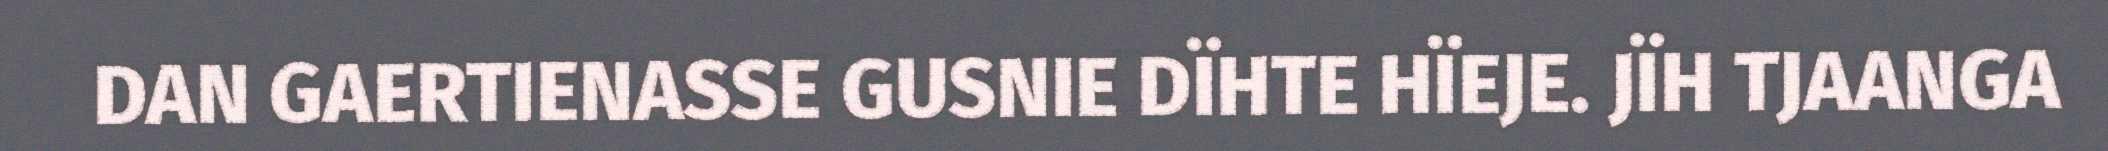
DAN GAERTIENASSE GUSNIE DÏHTE HÏEJE. JÏH TJAANGA